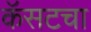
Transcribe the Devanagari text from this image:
कॅसटचा